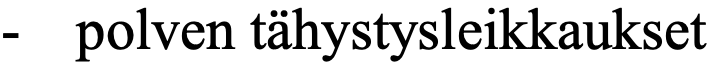
-  polven tähystysleikkaukset